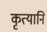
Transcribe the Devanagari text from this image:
कृत्यानि